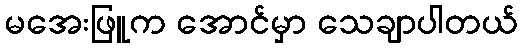
မအေးဖြူက အောင်မှာ သေချာပါတယ်